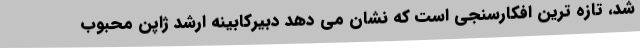
شد، تازه ترین افکارسنجی است که نشان می دهد دبیرکابینه ارشد ژاپن محبوب